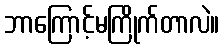
ဘာကြောင့်မကြိုက်တာလဲ။